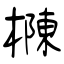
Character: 樄